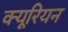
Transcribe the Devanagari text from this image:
क्यूरियन